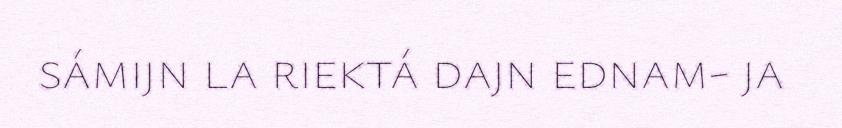
sámijn la riektá dajn ednam- ja